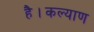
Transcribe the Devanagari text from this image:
है।कल्याण